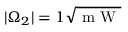
| \Omega _ { 2 } | = 1 \sqrt { \mathrm { ~ m ~ W ~ } }